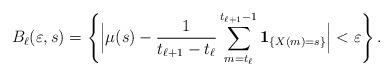
LaTeX: \begin{align*} B_{\ell} (\varepsilon, s) = \left \{ \Big |\mu (s) - \frac{1}{t_{\ell+1} - t_{\ell}} \sum_{m= t_\ell}^{t_{\ell+1} -1} \mathbf{1}_{ \{ X(m) =s \}}\Big | < \varepsilon \right \} .\end{align*}